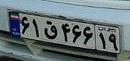
۶۱ق۴۶۶۱۹